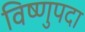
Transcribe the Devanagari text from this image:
विष्‍णुपदा